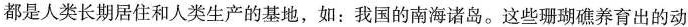
都是人类长期居住和人类生产的基地，如：我国的南海诸岛。这些珊瑚礁养育出的动